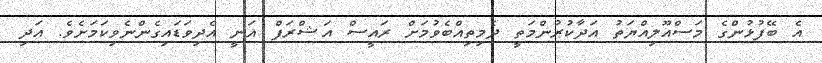
އެ ބޭފުޅުންގެ މަސްއޫލިއްޔަތު އަދާކުރުންމަތީ ދެމިތިއްބެވުމަށް ރައީސް އަޝްރަފް ޣަނީ އެދިވަޑައިގެންނެވިކަމަށެވެ. އަދި